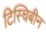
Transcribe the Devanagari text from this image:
टिस्चिबीन